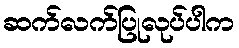
ဆက်လက်ပြုလုပ်ပါက